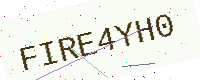
Text: FIRE4YH0